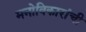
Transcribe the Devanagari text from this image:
मनोविकारांची